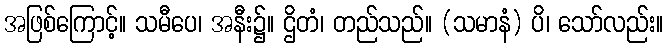
အဖြစ်ကြောင့်။ သမီပေ၊ အနီး၌။ ဌိတံ၊ တည်သည်။ (သမာနံ) ပိ၊ သော်လည်း။